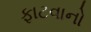
ફાટવાનો